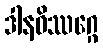
ဒါနဝိဿဂ္ဂေ